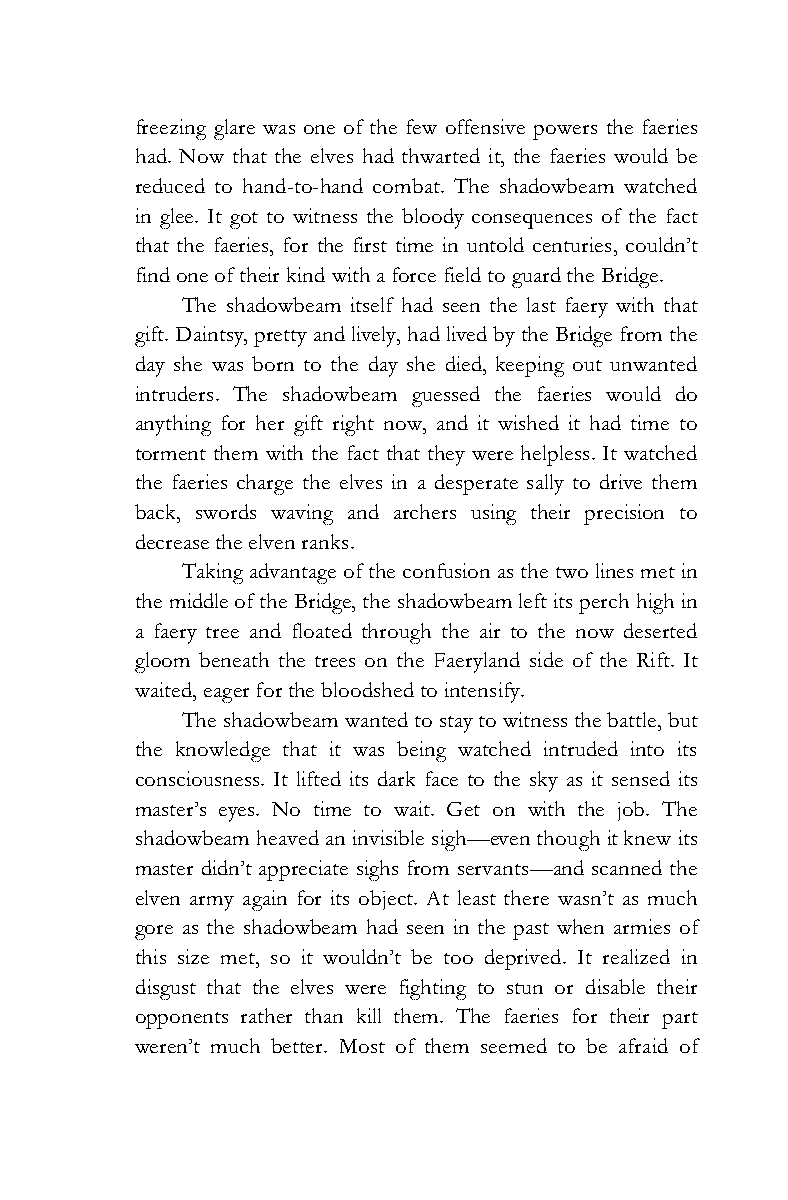
freezing glare was one of the few offensive powers the faeries
 had. Now that the elves had thwarted it, the faeries would be
 reduced to hand-to-hand combat. The shadowbeam watched
 in glee. It got to witness the bloody consequences of the fact
 that the faeries, for the first time in untold centuries, couldn’t
 find one of their kind with a force field to guard the Bridge.
 The shadowbeam itself had seen the last faery with that
 gift. Daintsy, pretty and lively, had lived by the Bridge from the
 day she was born to the day she died, keeping out unwanted
 intruders. The shadowbeam guessed the faeries would do
 anything for her gift right now, and it wished it had time to
 torment them with the fact that they were helpless. It watched
 the faeries charge the elves in a desperate sally to drive them
 back, swords waving and archers using their precision to
 decrease the elven ranks.
 Taking advantage of the confusion as the two lines met in
 the middle of the Bridge, the shadowbeam left its perch high in
 a faery tree and floated through the air to the now deserted
 gloom beneath the trees on the Faeryland side of the Rift. It
 waited, eager for the bloodshed to intensify.
 The shadowbeam wanted to stay to witness the battle, but
 the knowledge that it was being watched intruded into its
 consciousness. It lifted its dark face to the sky as it sensed its
 master’s eyes. No time to wait. Get on with the job. The
 shadowbeam heaved an invisible sigh—even though it knew its
 master didn’t appreciate sighs from servants—and scanned the
 elven army again for its object. At least there wasn’t as much
 gore as the shadowbeam had seen in the past when armies of
 this size met, so it wouldn’t be too deprived. It realized in
 disgust that the elves were fighting to stun or disable their
 opponents rather than kill them. The faeries for their part
 weren’t much better. Most of them seemed to be afraid of